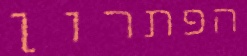
הפתרון